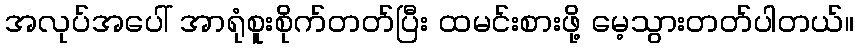
အလုပ်အပေါ် အာရုံစူးစိုက်တတ်ပြီး ထမင်းစားဖို့ မေ့သွားတတ်ပါတယ်။